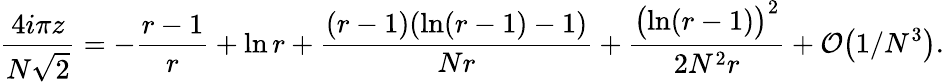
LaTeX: {\frac{4i\pi z}{N\sqrt{2}}}=-{\frac{r-1}{r}}+\ln r+{\frac{(r-1)(\ln(r-1)-1)}{Nr}}+{\frac{\bigl(\ln(r-1)\bigr)^{2}}{2N^{2}r}}+{\cal O}\bigl(1/N^{3}\bigr).